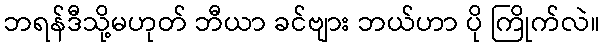
ဘရန်ဒီသို့မဟုတ် ဘီယာ ခင်ဗျား ဘယ်ဟာ ပို ကြိုက်လဲ။